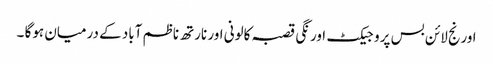
اورنج لائن بس پروجیکٹ اورنگی قصبہ کالونی اور نارتھ ناظم آباد کے درمیان ہوگا ۔